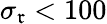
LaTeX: \sigma_{\mathfrak{r}}<100